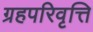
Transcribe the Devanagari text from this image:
ग्रहपरिवृत्ति